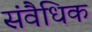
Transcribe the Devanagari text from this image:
संवैधिक